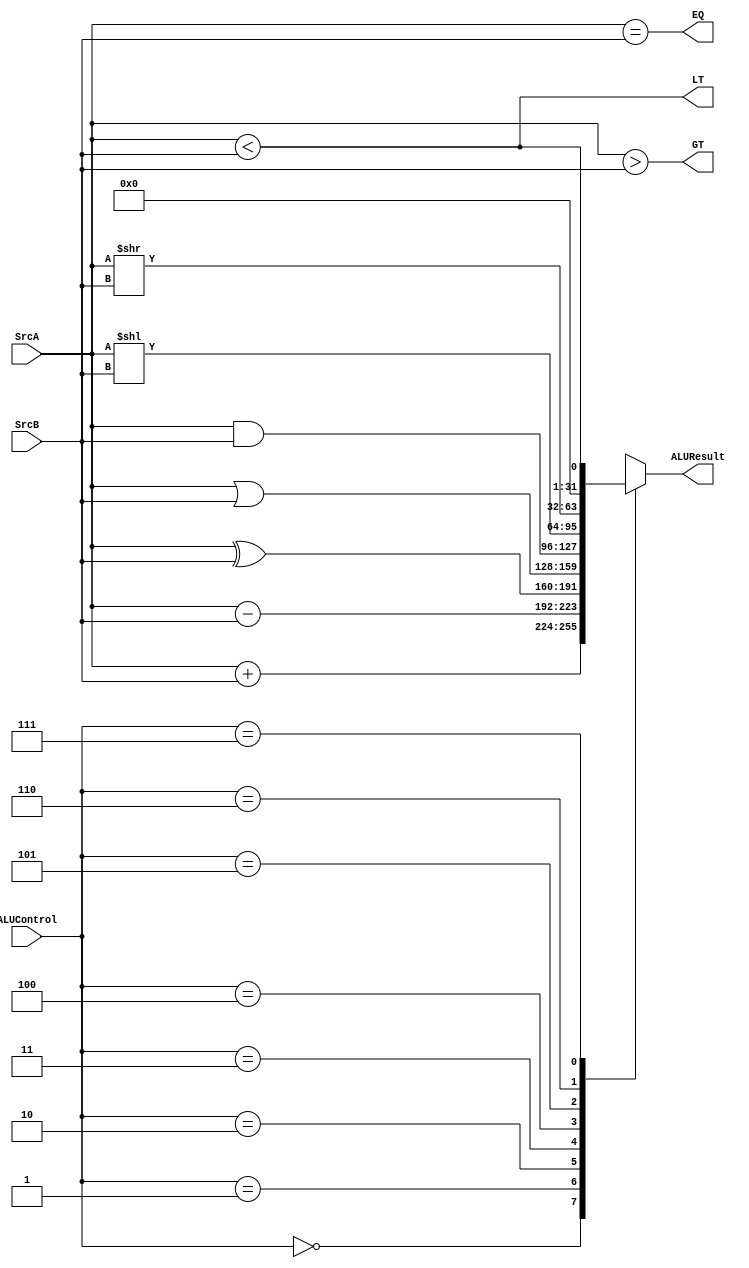
`timescale 1ns/1ps

module ALU(SrcA,SrcB,ALUControl,ALUResult,EQ,GT,LT);
input [31:0] SrcA,SrcB;
input [2:0] ALUControl;
output reg [31:0] ALUResult;
output reg EQ,GT,LT;

always @(*)
begin
	case(ALUControl)
	3'b000: ALUResult = SrcA + SrcB;
	3'b001: ALUResult = SrcA - SrcB;
	3'b010: ALUResult = SrcA ^ SrcB;
	3'b011: ALUResult = SrcA | SrcB;
	3'b100: ALUResult = SrcA & SrcB;
	3'b101: ALUResult = SrcA << SrcB;
	3'b110: ALUResult = SrcA >> SrcB;
	3'b111: ALUResult = SrcA < SrcB;
	default:ALUResult = SrcA + SrcB;
	endcase
end

always@(*)
begin
EQ = (SrcA==SrcB);
LT = (SrcA<SrcB);
GT = (SrcA>SrcB);
end
endmodule